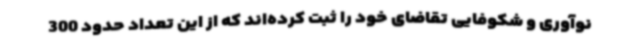
نوآوری و شکوفایی تقاضای خود را ثبت کرده‌اند که از این تعداد حدود 300